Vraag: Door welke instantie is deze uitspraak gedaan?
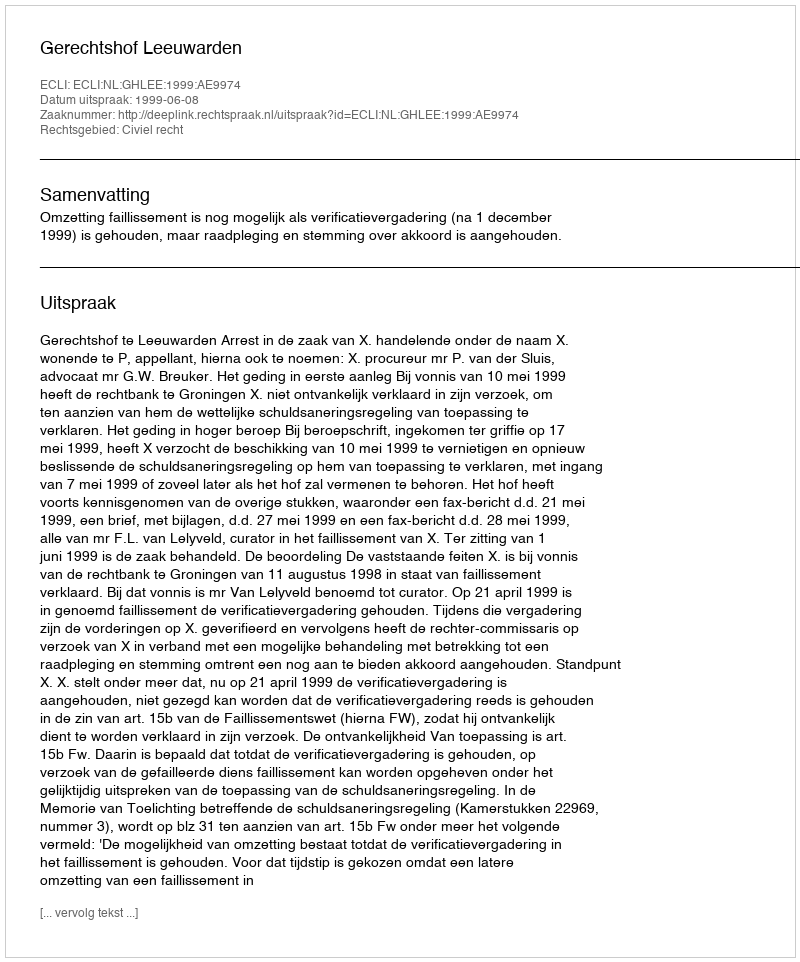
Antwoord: Gerechtshof Leeuwarden